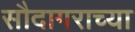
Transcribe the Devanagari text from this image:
सौदागराच्या